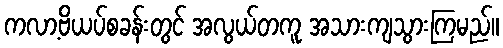
ကလာ့ဗိယပ်စခန်းတွင် အလွယ်တကူ အသားကျသွားကြမည်။